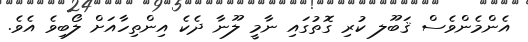
އެންމެންވެސް ޤަބޫލ ކުރި ގޮތުގައި ނާމީ ލޫނާ ދެކެ އިންތިހާއަށް ލޯބިވެ އެވެ.